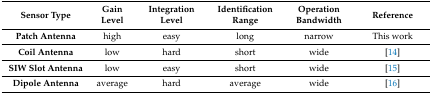
<table><thead><tr><td><b>Sensor Type</b></td><td><b>Gain Level</b></td><td><b>Integration Level</b></td><td><b>Identification Range</b></td><td><b>Operation Bandwidth</b></td><td><b>Reference</b></td></tr></thead><tbody><tr><td><b>Patch Antenna</b></td><td>high</td><td>easy</td><td>long</td><td>narrow</td><td>This work</td></tr><tr><td><b>Coil Antenna</b></td><td>low</td><td>hard</td><td>short</td><td>wide</td><td>[14]</td></tr><tr><td><b>SIW Slot Antenna</b></td><td>low</td><td>easy</td><td>short</td><td>wide</td><td>[15]</td></tr><tr><td><b>Dipole Antenna</b></td><td>average</td><td>hard</td><td>average</td><td>wide</td><td>[16]</td></tr></tbody></table>